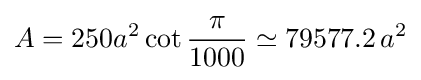
A=250a^{2}\cot {\frac {\pi }{1000}}\simeq 79577.2\,a^{2}